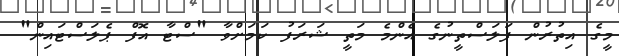
މީގެ އިތުރުން ފަލަސްތީނުގެ އެންމެ މަތީ ޝަރަފު ކަމަށްވާ "ސްޓާ އޮފް ޕެލަސްޓައިން"